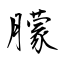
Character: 朦